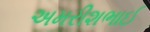
અમરીશભાઈ